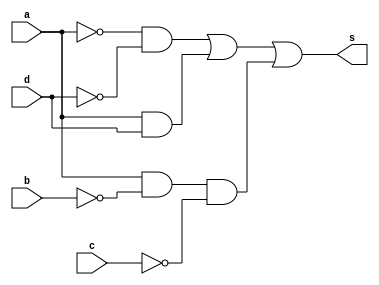
//--Paulo Henrique de Almeida Amorim - 412765 --
// ------- Guia08-02--------

module ex2(s, a, b, c, d);
	output s;
	input a, b, c, d;
	wire n1, n2, n3, n4, c1, c2, c3;
	not NOT1(n1, a);
	not NOT2(n2, b);
	not NOT3(n3, c);
	not NOT4(n4, d);
	and AND1(c1, n1, n4);
	and AND2(c2, a, d);
	and AND3(c3, a, n2, n3);
	or OR1(s, c1, c2, c3);
endmodule // fim ex2

module testeex2();
	reg a, b, c, d;
	wire s;
	integer num, i, j, k, l;

	ex2 EX2(s, a, b, c, d);

	initial begin
		a = 0;
		b = 0;
		c = 0;
		d = 0;
		num = -1;
	end

	initial begin
		$display("Exercicio 02 - Paulo Henrique de Almeida Amorim - 412765 \n");
		#1 $display("   a b c d  Out");

		for(i = 0; i < 2; i = i + 1)begin
			a = i;
			for(j = 0; j < 2; j = j + 1)begin
				b = j;
				for(k = 0; k < 2; k = k + 1)begin
					c = k;
					for(l = 0; l < 2; l = l + 1)begin
						#1 d = l; num = num + 1;
						#1 $display("%2d %b %b %b %b  %b", num, a, b, c, d, s);
					end
				end
			end
		end
	end
	
endmodule //fim testeex2